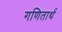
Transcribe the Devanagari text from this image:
गणितार्थ